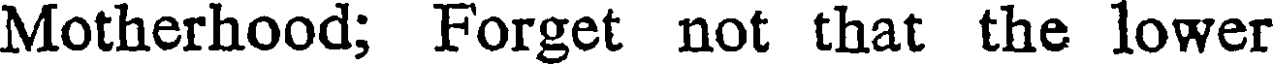
Motherhood; Forget not that the lower